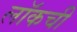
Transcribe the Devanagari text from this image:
लॉकची